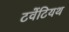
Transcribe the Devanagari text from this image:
टवेंटियथ